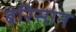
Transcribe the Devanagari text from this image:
बरिसान